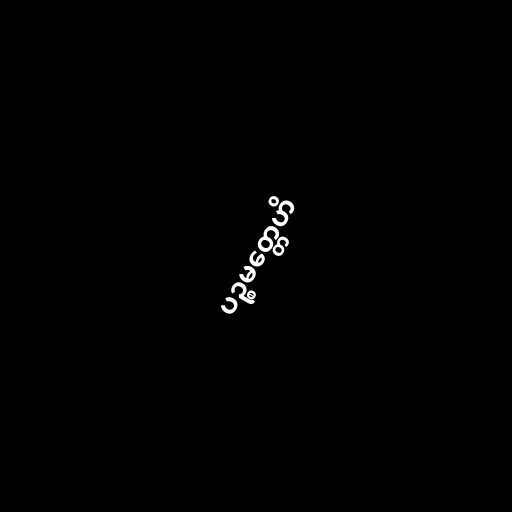
ပဉ္စမတ္တေဟိ